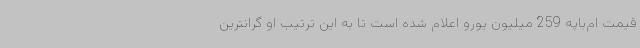
قیمت ام‌باپه 259 میلیون یورو اعلام شده است تا به این ترتیب او گرانترین